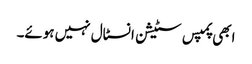
ابھی پمپس سٹیشن انسٹال نہیں ہوئے۔